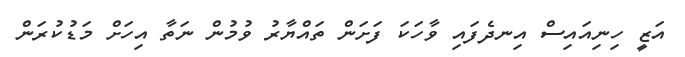
އަޒީ ހިނިއައިސް އިނދެފައި ވާހަކަ ފަށަން ތައްޔާރު ވުމުން ނަތާ އިހަށް މަޑުކުރަން